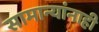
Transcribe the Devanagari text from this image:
सामान्यांनाही